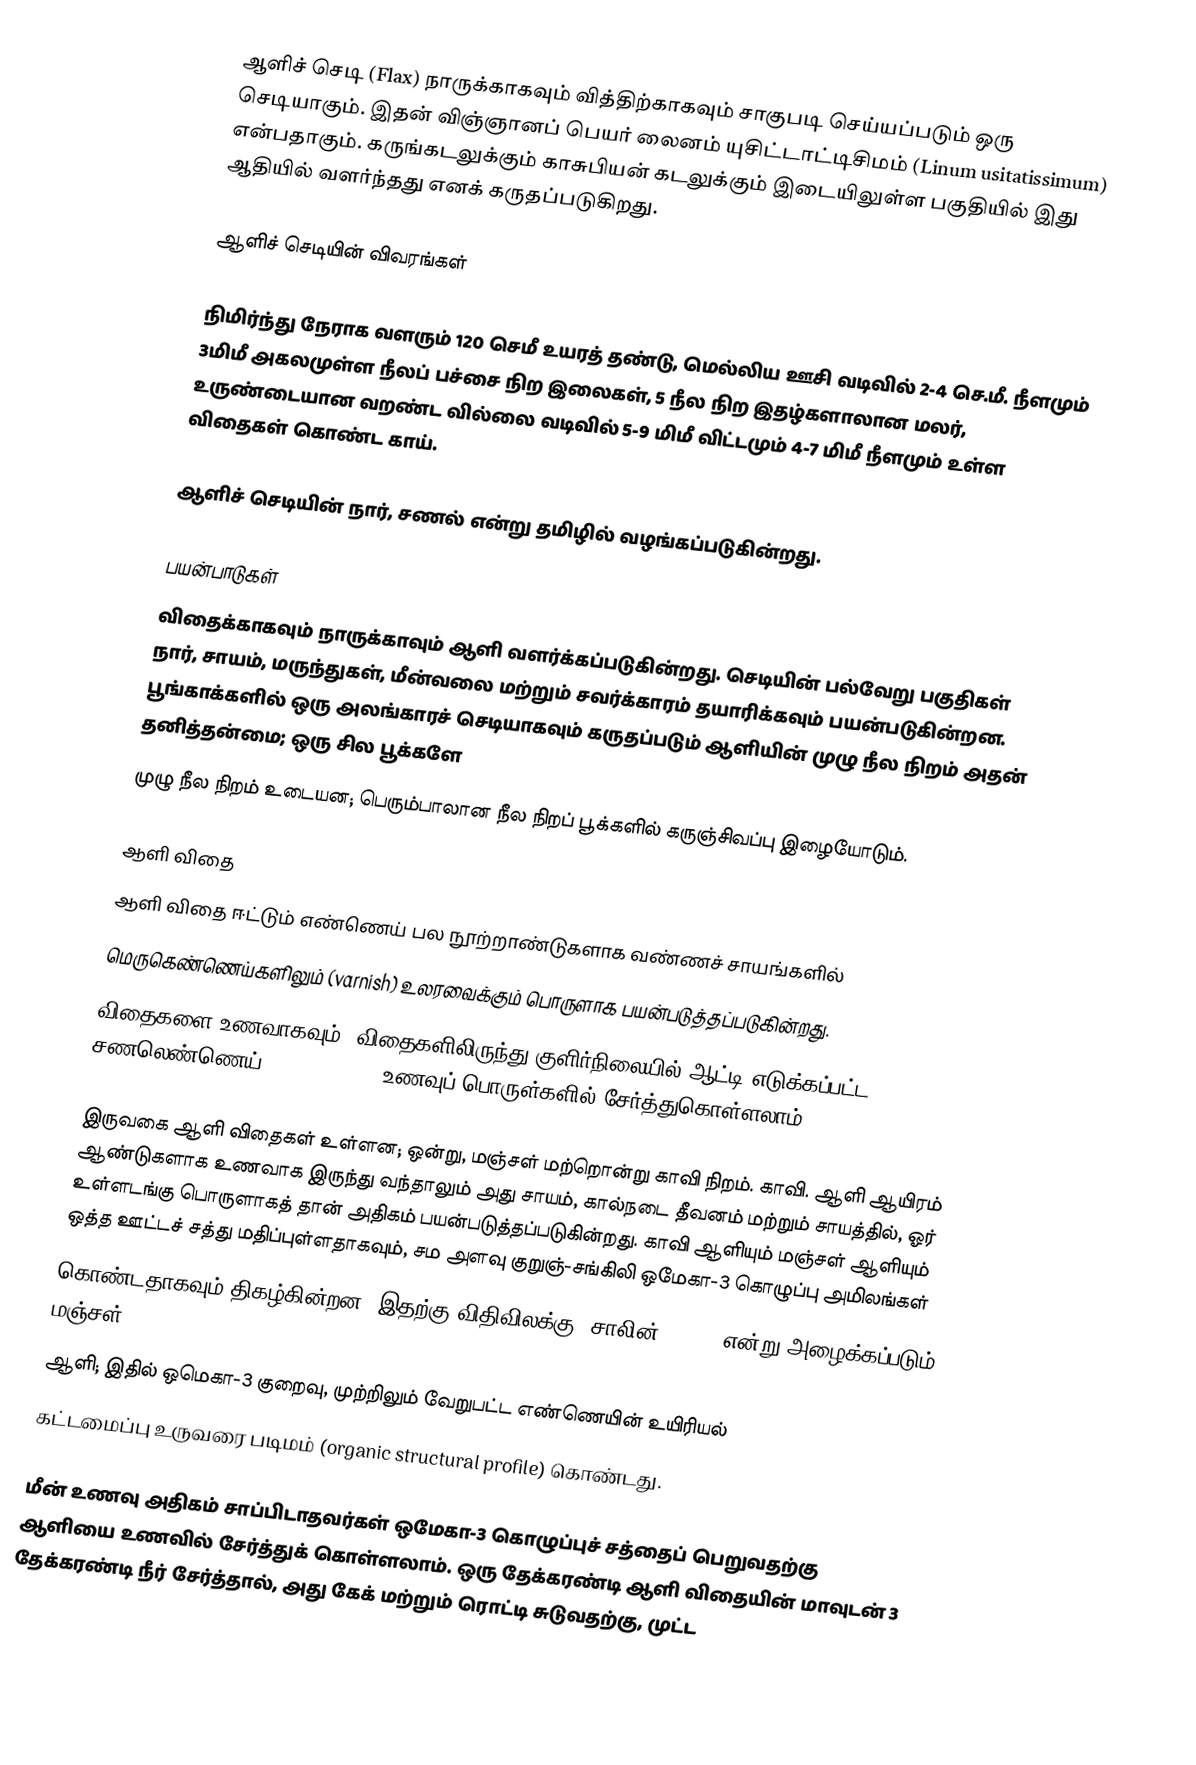
ஆளிச் செடி (Flax) நாருக்காகவும் வித்திற்காகவும் சாகுபடி செய்யப்படும் ஒரு செடியாகும். இதன் விஞ்ஞானப் பெயர் லைனம் யுசிட்டாட்டிசிமம் (Linum usitatissimum) என்பதாகும். கருங்கடலுக்கும் காசுபியன் கடலுக்கும் இடையிலுள்ள பகுதியில் இது ஆதியில் வளர்ந்தது எனக் கருதப்படுகிறது.

ஆளிச் செடியின் விவரங்கள்

நிமிர்ந்து நேராக வளரும் 120 செமீ உயரத் தண்டு, மெல்லிய ஊசி வடிவில் 2-4 செ.மீ. நீளமும் 3மிமீ அகலமுள்ள நீலப் பச்சை நிற இலைகள், 5 நீல நிற இதழ்களாலான மலர், உருண்டையான வறண்ட வில்லை வடிவில் 5-9 மிமீ விட்டமும் 4-7 மிமீ நீளமும் உள்ள விதைகள் கொண்ட காய்.

ஆளிச் செடியின் நார், சணல் என்று தமிழில் வழங்கப்படுகின்றது.

பயன்பாடுகள்
விதைக்காகவும் நாருக்காவும் ஆளி வளர்க்கப்படுகின்றது. செடியின் பல்வேறு பகுதிகள் நார், சாயம், மருந்துகள், மீன்வலை மற்றும் சவர்க்காரம் தயாரிக்கவும் பயன்படுகின்றன. பூங்காக்களில் ஒரு அலங்காரச் செடியாகவும் கருதப்படும் ஆளியின் முழு நீல நிறம் அதன் தனித்தன்மை; ஒரு சில பூக்களே
முழு நீல நிறம் உடையன; பெரும்பாலான நீல நிறப் பூக்களில் கருஞ்சிவப்பு இழையோடும்.

ஆளி விதை
ஆளி விதை ஈட்டும் எண்ணெய் பல நூற்றாண்டுகளாக வண்ணச் சாயங்களில்
மெருகெண்ணெய்களிலும் (varnish) உலரவைக்கும் பொருளாக பயன்படுத்தப்படுகின்றது.
விதைகளை உணவாகவும், விதைகளிலிருந்து குளிர்நிலையில் ஆட்டி எடுக்கப்பட்ட சணலெண்ணெய் (Linseed Oil) உணவுப் பொருள்களில் சேர்த்துகொள்ளலாம்.

இருவகை ஆளி விதைகள் உள்ளன; ஒன்று, மஞ்சள் மற்றொன்று காவி நிறம். காவி. ஆளி ஆயிரம் ஆண்டுகளாக உணவாக இருந்து வந்தாலும் அது சாயம், கால்நடை தீவனம் மற்றும் சாயத்தில், ஓர் உள்ளடங்கு பொருளாகத் தான் அதிகம் பயன்படுத்தப்படுகின்றது. காவி ஆளியும் மஞ்சள் ஆளியும் ஒத்த ஊட்டச் சத்து மதிப்புள்ளதாகவும், சம அளவு குறுஞ்-சங்கிலி ஒமேகா-3 கொழுப்பு அமிலங்கள்
கொண்டதாகவும் திகழ்கின்றன. இதற்கு விதிவிலக்கு, சாலின்(solin) என்று அழைக்கப்படும் மஞ்சள்
ஆளி; இதில் ஒமெகா-3 குறைவு, முற்றிலும் வேறுபட்ட எண்ணெயின் உயிரியல்
கட்டமைப்பு உருவரை படிமம் (organic structural profile) கொண்டது.

மீன் உணவு அதிகம் சாப்பிடாதவர்கள் ஒமேகா-3 கொழுப்புச் சத்தைப் பெறுவதற்கு ஆளியை உணவில் சேர்த்துக் கொள்ளலாம். ஒரு தேக்கரண்டி ஆளி விதையின் மாவுடன் 3 தேக்கரண்டி நீர் சேர்த்தால், அது கேக் மற்றும் ரொட்டி சுடுவதற்கு, முட்ட